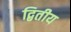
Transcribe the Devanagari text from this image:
द्बितीय